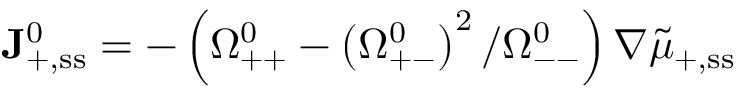
\mathbf { J } _ { + , \ensuremath { \mathrm { s s } } } ^ { 0 } = - \left( \Omega _ { + + } ^ { 0 } - \left( \Omega _ { + - } ^ { 0 } \right) ^ { 2 } / \Omega _ { -- } ^ { 0 } \right) \nabla \tilde { \mu } _ { + , \ensuremath { \mathrm { s s } } }